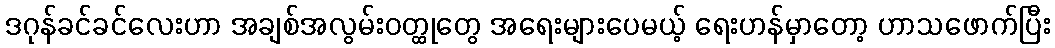
ဒဂုန်ခင်ခင်လေးဟာ အချစ်အလွမ်းဝတ္ထုတွေ အရေးများပေမယ့် ရေးဟန်မှာတော့ ဟာသဖောက်ပြီး